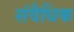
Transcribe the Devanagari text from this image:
संवैधिक